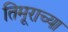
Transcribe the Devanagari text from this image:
तिमूराच्या